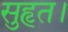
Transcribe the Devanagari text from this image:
सुहृत।